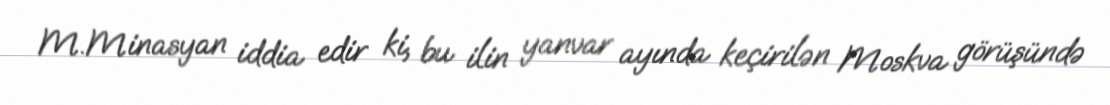
M.Minasyan iddia edir ki, bu ilin yanvar ayında keçirilən Moskva görüşündə